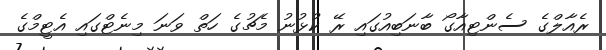
ރެއާލްގެ ސެންޓިއާގޯ ބާނަބިއުގައި ރޭ ކުޅުނު މެޗުގެ ހަތް ވަނަ މިނެޓްގައި އެޓީމްގެ